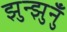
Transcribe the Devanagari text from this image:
झुन्झुनुँ